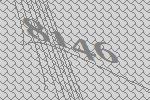
8146